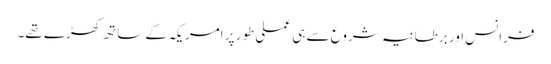
فرانس اور برطانیہ شروع سے ہی عملی طور پر امریکہ کے ساتھ کھڑے تھے۔